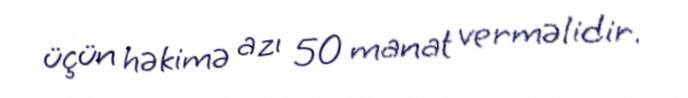
üçün həkimə azı 50 manat verməlidir.